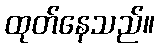
ထုတ်နေသည်။